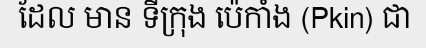
ដែល មាន ទីក្រុង ប៉េកាំង (Pkin) ជា